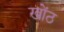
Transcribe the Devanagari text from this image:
खोंठ